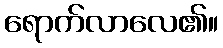
ရောက်လာလေ၏။